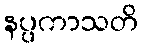
နပ္ပကာသတိ